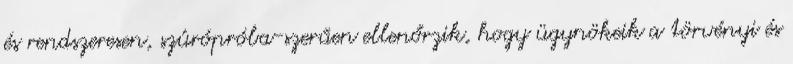
és rendszeresen, szúrópróba-szerűen ellenőrzik, hogy ügynökeik a törvényi és